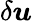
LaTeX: \delta\boldsymbol{\mathit{u}}